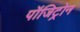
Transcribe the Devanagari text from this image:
पॉजिट्रोन